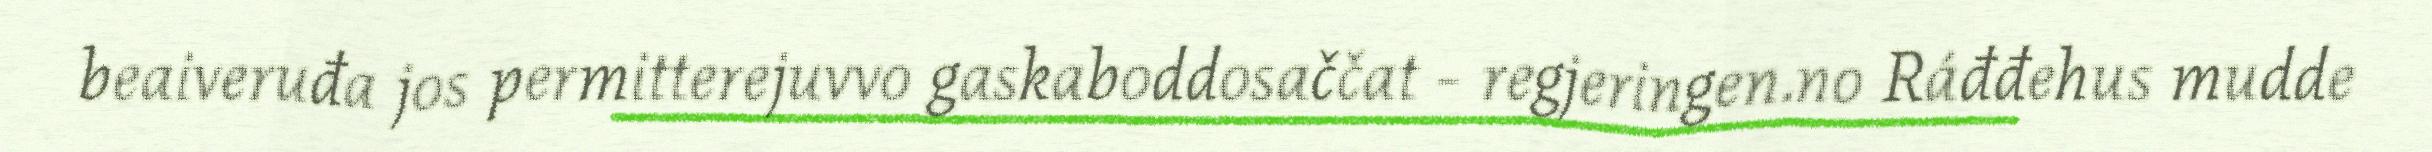
beaiveruđa jos permitterejuvvo gaskaboddosaččat - regjeringen.no Ráđđehus mudde